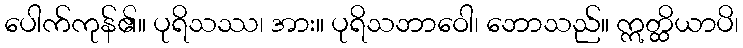
ပေါက်ကုန်၏။ ပုရိသဿ၊ အား။ ပုရိသဘာဝေါ၊ ဘောသည်။ ဣတ္ထိယာပိ၊